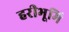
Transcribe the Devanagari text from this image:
हरीभूमि